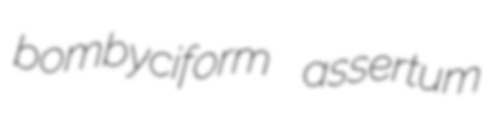
bombyciform assertum